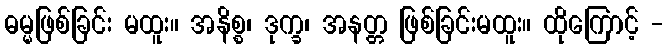
ဓမ္မဖြစ်ခြင်း မထူး။ အနိစ္စ၊ ဒုက္ခ၊ အနတ္တ ဖြစ်ခြင်းမထူး။ ထိုကြောင့် -